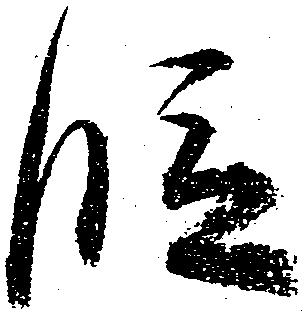
段